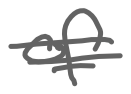
Text: of
Cross-out: double-line
Writing tool: digital_gray